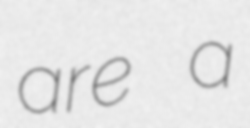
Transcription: are a